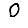
Digit: 0